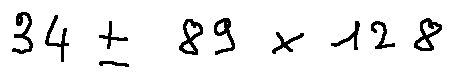
3 4 \pm 8 9 \times 1 2 8